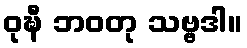
ဝုဍ္ဎီ ဘဝတု သဗ္ဗဒါ။